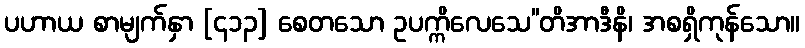
ပဟာယ စာမျက်နှာ [၄၁၃] စေတသော ဥပက္ကိလေသေ’’တိအာဒီနိ၊ အစရှိကုန်သော။